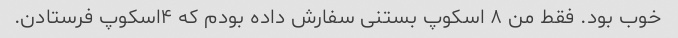
خوب بود. فقط من ۸ اسکوپ بستنی سفارش داده بودم که ۴اسکوپ فرستادن.